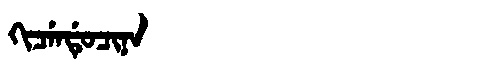
Manchu: ᡴᡳᠴᡝᠨᡩᡠᠴᡳᠨᠠ
Romanization: KICENDUCINA